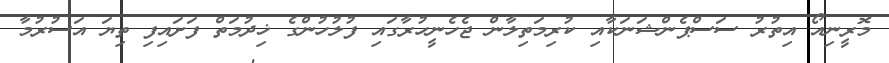
މޮރީނިއޯ އިތުރު ސަސްޕެންޝަނަކާއި ކުރިމަތިލާން ޖެހެނީހުރާގައި ފުލުހުންގެ ޚިދުމަތް ފަށައިފި ތިޔަ އަސުރުމާ